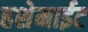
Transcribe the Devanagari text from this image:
हशेमाईट